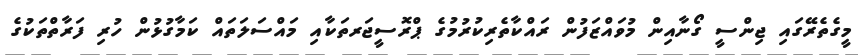
މީގެތެރޭގައި ޖިންސީ ގޯނާއިން މުވައްޒަފުން ރައްކާތެރިކުރުމުގެ ޕްރޮސީޖަރތަކާއި މައްސަލަތައް ކަމާގުޅުން ހުރި ފަރާތްތަކުގެ